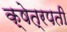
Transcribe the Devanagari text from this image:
क्षेत्रपती